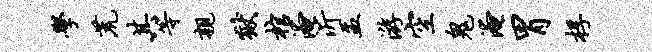
学荒其等亲狱棺淹沂盂游空鬼淹胃桴